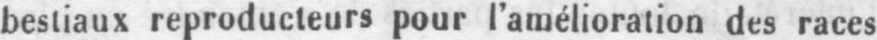
bestiaux reproducteurs pour l’amélioration des races